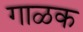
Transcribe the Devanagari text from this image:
गाळक